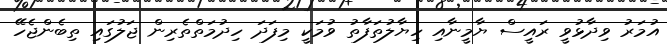
އުމަރު ވިދާޅުވީ ރައީސް ޔާމީނާއި ހިޔާލުތަފާތު ވުމަކީ މިފަދަ ހިދުމަތްތެރިން ޖަލުގައި ތިބެންޖެހޭ